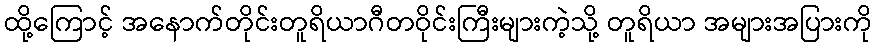
ထို့ကြောင့် အနောက်တိုင်းတူရိယာဂီတဝိုင်းကြီးများကဲ့သို့ တူရိယာ အများအပြားကို